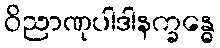
ဝိညာဏုပါဒါနက္ခန္ဓေ